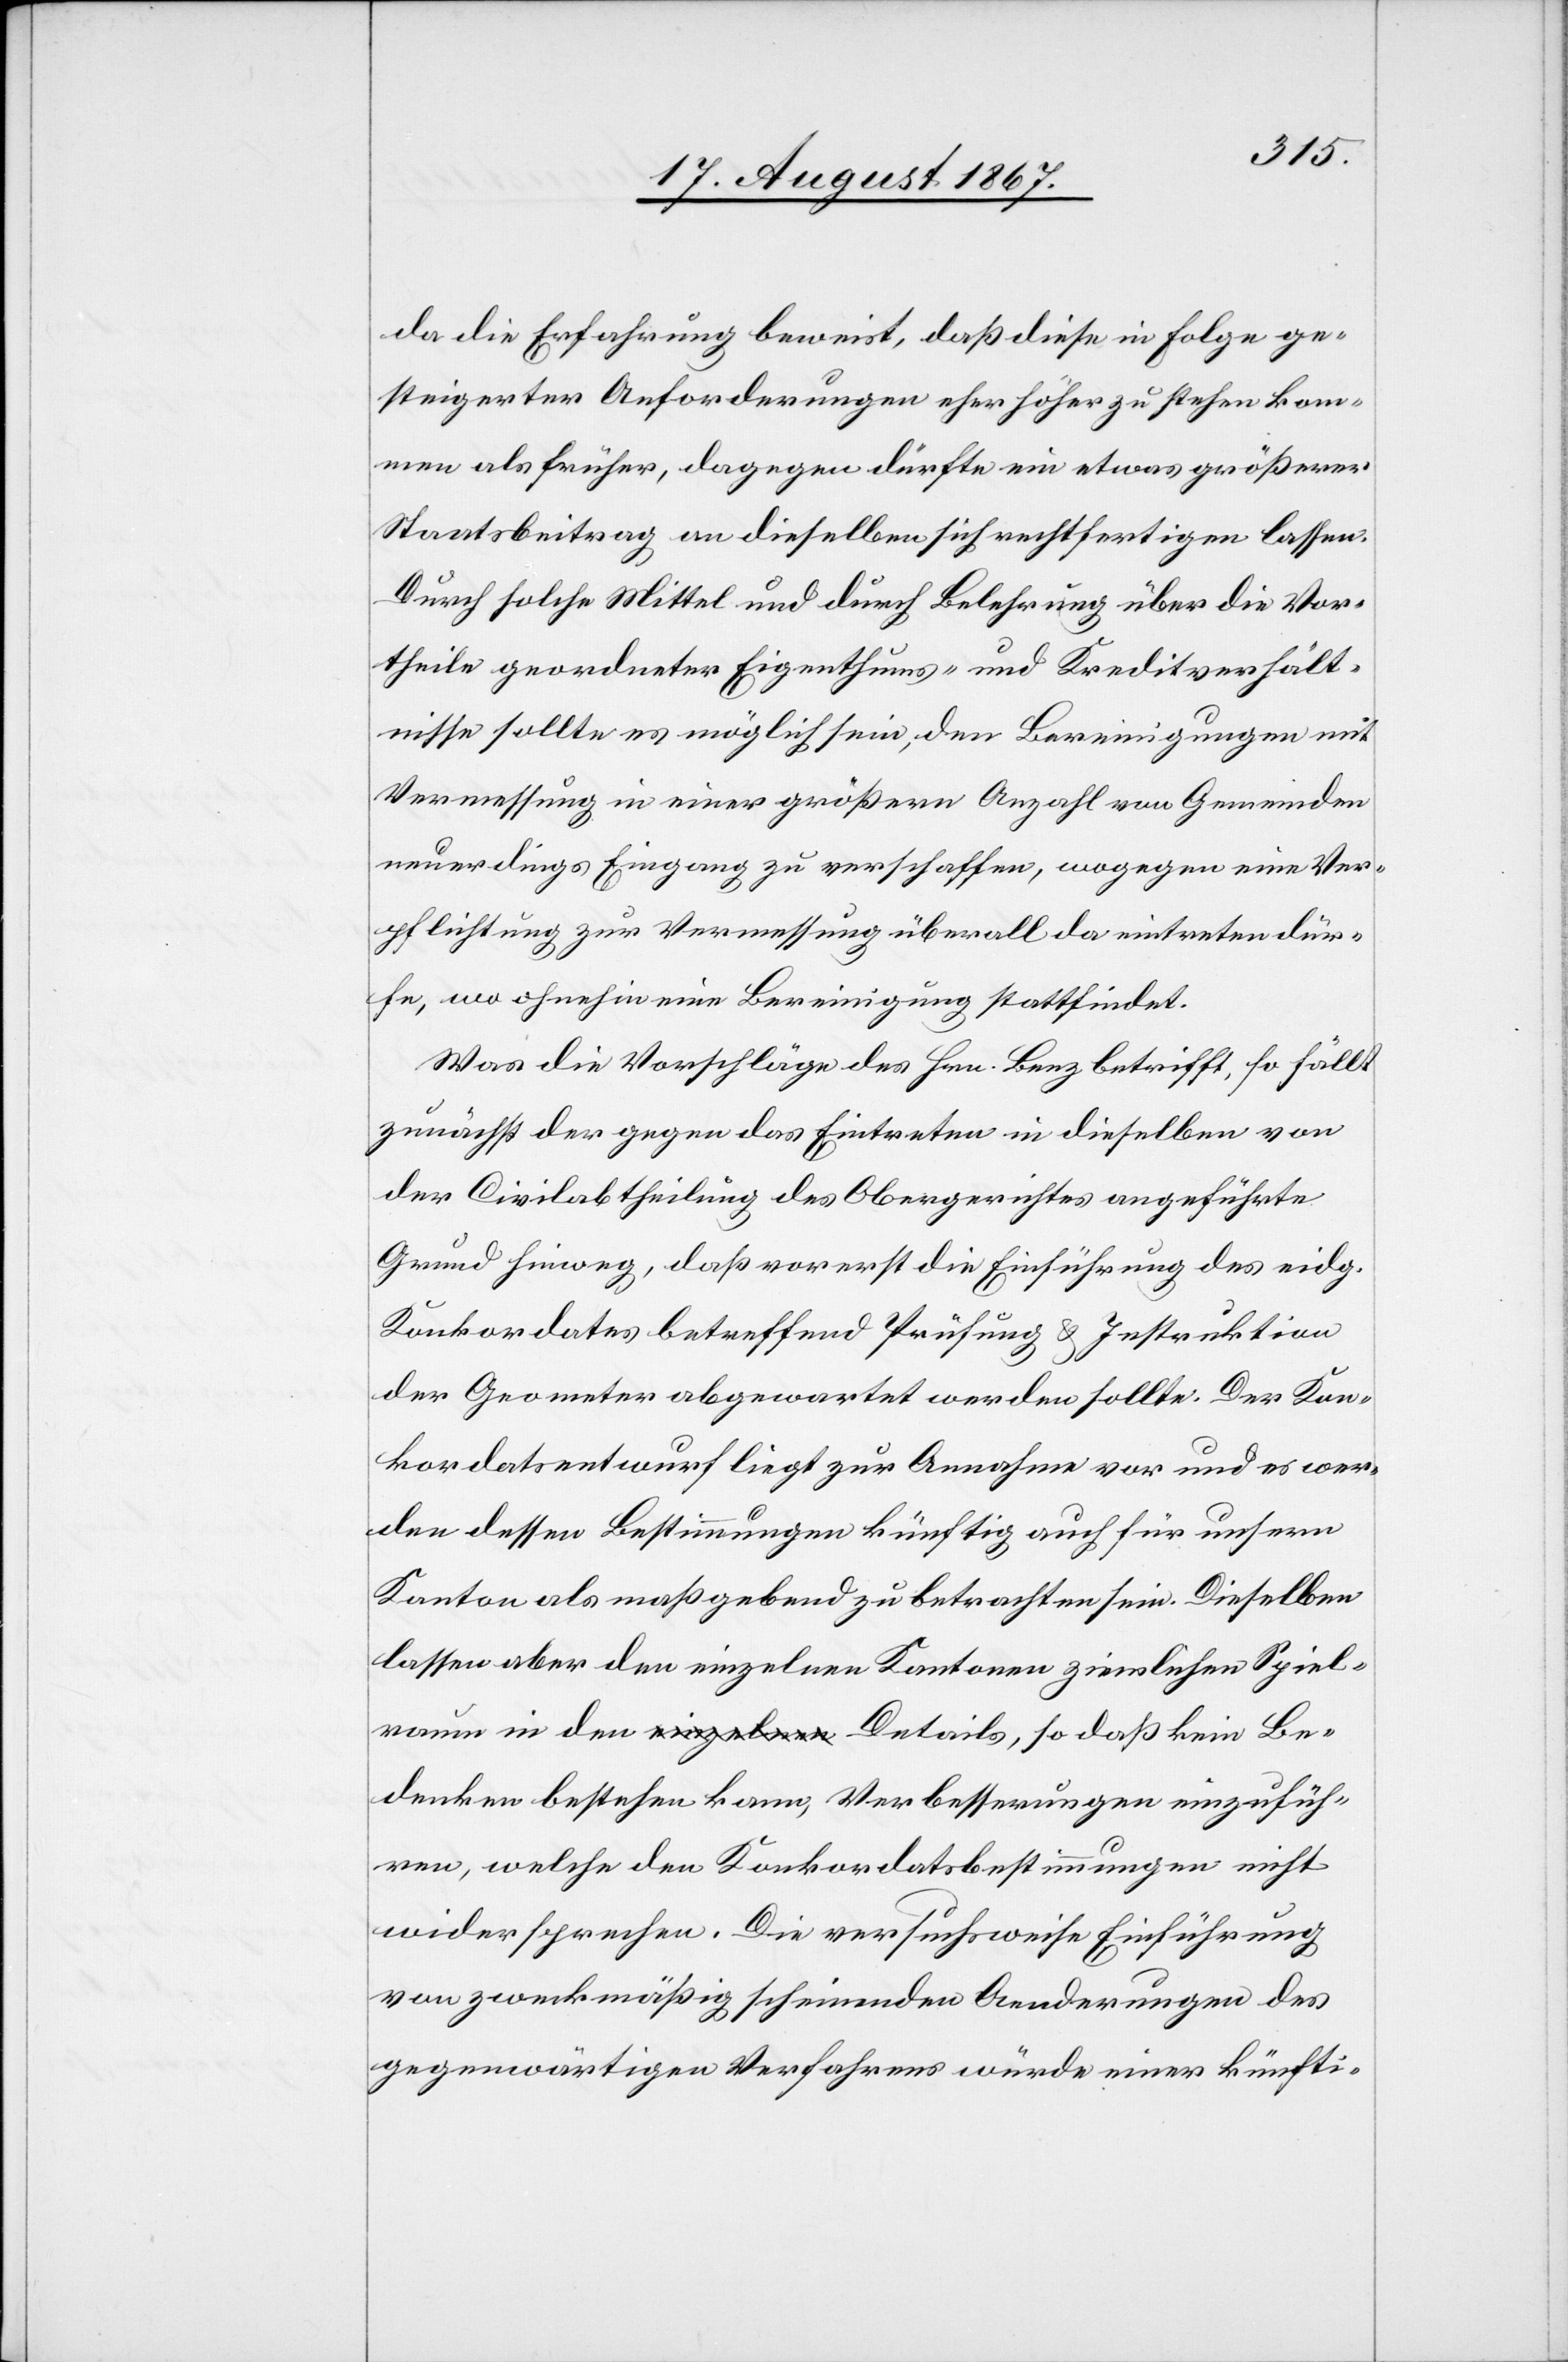
da die Erfahrung beweist, daß diese in Folge ge¬
steigerter Anforderungen eher höher zu stehen kom¬
men als früher, dagegen dürfte ein etwas größerer
Staatsbeitrag an dieselben sich rechtfertigen lassen.
Durch solche Mittel und durch Belehrung über die Vor¬
theile geordneter Eigenthums und Kreditverhält¬
nisse sollte es möglich sein, den Bereinigungen mit
Vermessung in einer größern Anzahl von Gemeinde
neuerdings Eingang zu verschaffen, wogegen eine Ver¬
pflichtung zur Vermessung überall da eintreten dür¬
fe, wo ohnehin eine Bereinigung stattfindet.
Was die Vorschläge des Hrn. Benz betrifft, so fällt
zunächst der gegen das Eintreten in dieselben von
der Civilabtheilung des Obergerichtes angeführte
Grund hinweg, daß vorerst die Einführung des eidg.
Konkordates betreffend Prüfung u. Instruktion
der Geometer abgewartet werden sollte. Der Kon¬
kordatsentwurf liegt zur Annahme vor und es wer¬
den dessen Bestimmungen künftig auch für unsern
Kanton als maßgebend zu betrachten sein. Dieselben
lassen aber den einzelnen Kantonen ziemlichen Spiel¬
raum in den Details, so daß kein Be¬
denken bestehen kann, Verbesserungen einzufüh¬
ren, welche den Konkordatsbestimmungen nicht
widersprechen. Die versuchsweise Einführung
von zweckmäßig scheinenden Aenderungen des
gegenwärtigen Verfahrens würde einer künfti-